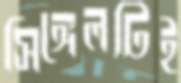
সিঙ্গেলটিই